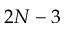
2 N - 3